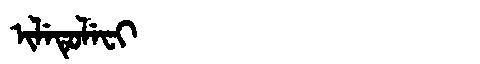
Manchu: ᡳᠯᡝᡨᡠᠯᡝᠸᡳ
Romanization: ILETULEFI